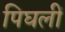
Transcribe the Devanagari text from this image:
पिघलीं